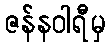
ဇန်နဝါရီမှ